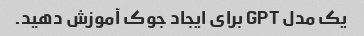
یک مدل GPT برای ایجاد جوک آموزش دهید.